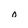
Character: o